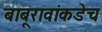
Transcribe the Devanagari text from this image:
बाबूरावांकडेच